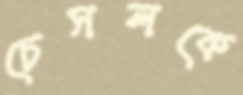
চেসলকে